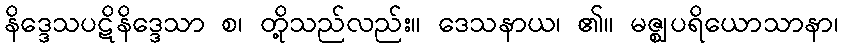
နိဒ္ဒေသပဋိနိဒ္ဒေသာ စ၊ တို့သည်လည်း။ ဒေသနာယ၊ ၏။ မဇ္ဈပရိယောသာနာ၊